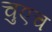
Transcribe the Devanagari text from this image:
चुएच